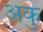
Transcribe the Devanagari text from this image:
अकु